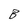
Character: B